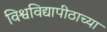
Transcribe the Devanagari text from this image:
विश्वविद्यापीठाच्या